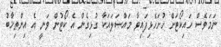
ނަމަވެސް ހައިކޯޓަށް ހުށަހެޅިފައިވާ މައްސަލައަކާ ގުޅިގެން އެ ކޯޓުން ވަނީ އެ އިންތިޚާބު